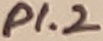
Text: P1.2